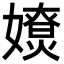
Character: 𡢴